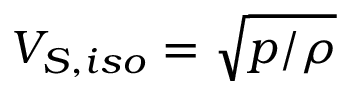
V _ { S , i s o } = \sqrt { p / \rho }